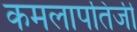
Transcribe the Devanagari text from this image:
कमलापतिजी